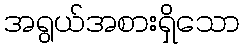
အရွယ်အစားရှိသော